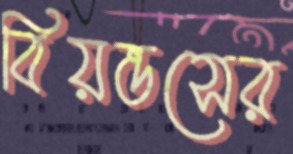
বিয়ন্ডসের